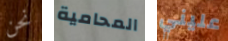
نحن المحامية عليني